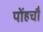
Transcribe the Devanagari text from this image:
पोंहचौ